NAE_EAOK_eestikeelsed_sunnimeetrikad, lk 70
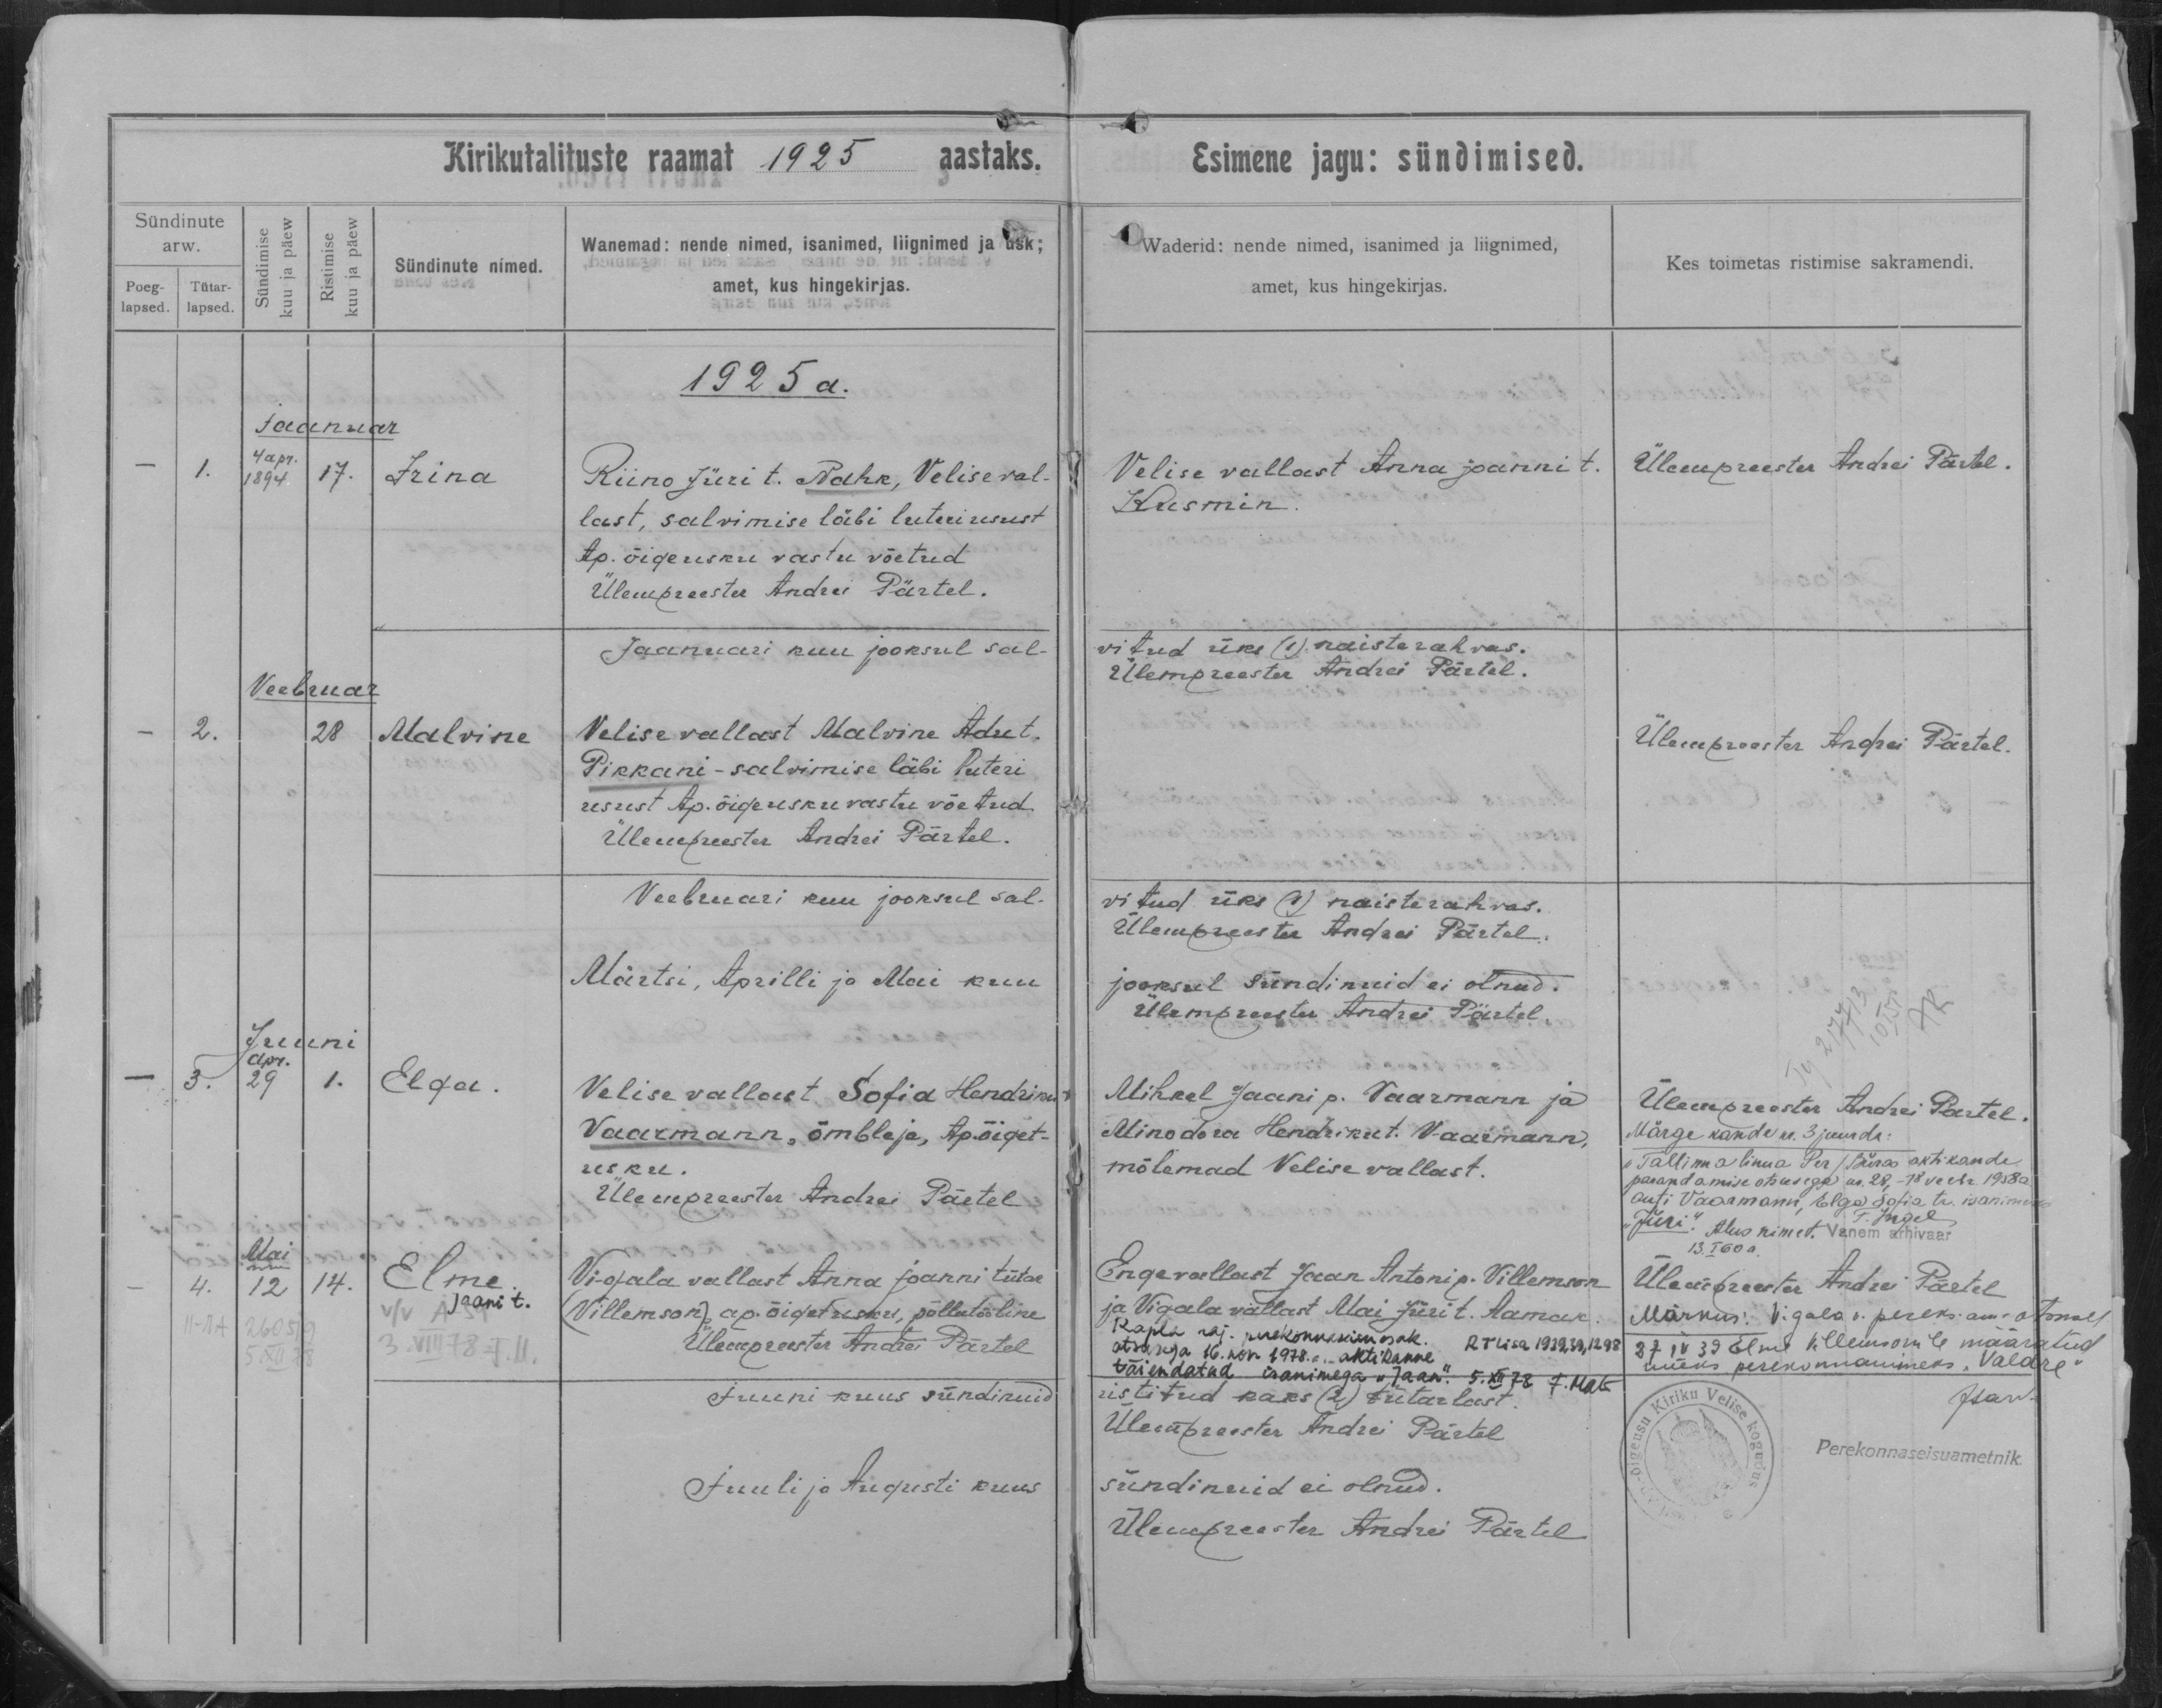
Irina

Malvine

Elga

Elme
Jaani t.

Riino Jüri t. Nahk, Velise val-
last, salvimise läbi luteri usust
Ap. õige usku vastu võetud

Velise vallast Malvine Adu t.
Pikkani - salvimise läbi luteri
usust Ap. õige usku vastu võetud.

Velise vallast Sofia Hendriku t.
Vaarmann, õmbleja, Ap. õiget-
usku.

Vigala vallast Anna Joanni tütar
(Villemson), ap. õiget usku, põllutööline.